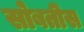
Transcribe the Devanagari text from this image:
सोबतीस